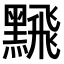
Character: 𫜛